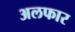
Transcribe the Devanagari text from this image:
अलफार